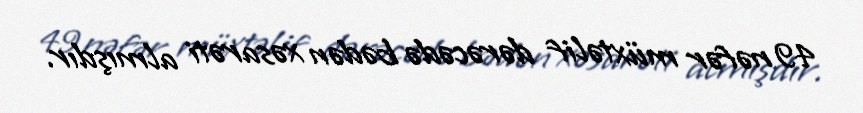
49 nəfər müxtəlif dərəcədə bədən xəsarəti almışdır.